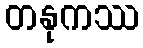
တနုကဿ